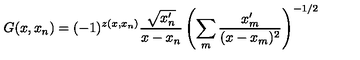
G ( x , x _ { n } ) = ( - 1 ) ^ { z ( x , x _ { n } ) } \frac { \sqrt { x _ { n } ^ { \prime } } } { x - x _ { n } } \left( \sum _ { m } \frac { x _ { m } ^ { \prime } } { ( x - x _ { m } ) ^ { 2 } } \right) ^ { - 1 / 2 }